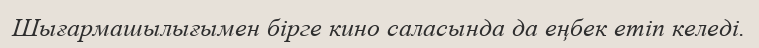
Шығармашылығымен бірге кино саласында да еңбек етіп келеді.